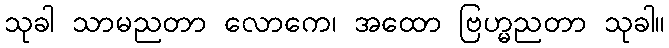
သုခါ သာမညတာ လောကေ၊ အထော ဗြဟ္မညတာ သုခါ။